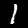
Digit: 1